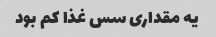
یه مقداری سس غذا کم بود